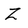
Character: Z